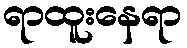
ရာထူးနေရာ